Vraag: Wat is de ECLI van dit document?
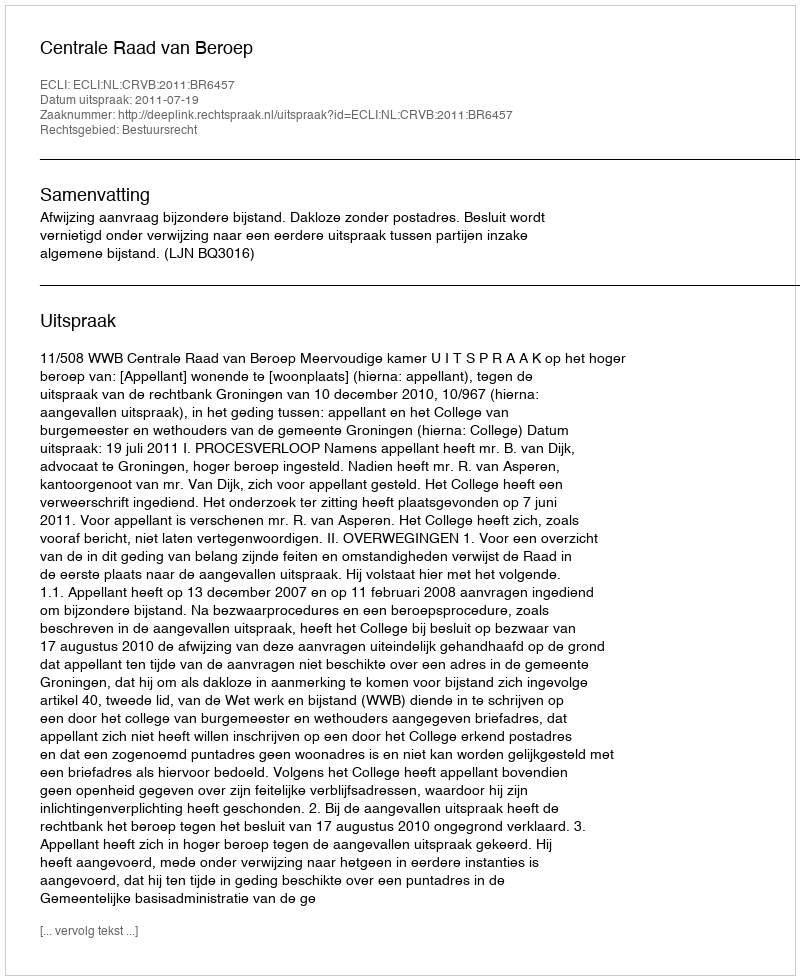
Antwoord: ECLI:NL:CRVB:2011:BR6457